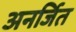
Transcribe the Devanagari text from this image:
अनर्जित